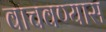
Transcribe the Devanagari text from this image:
वाचवण्यास